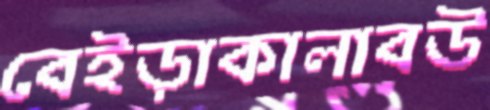
বেইড়াকালাবউ